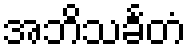
အဘိသင်္ခတံ